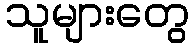
သူများတွေ